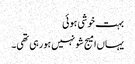
بہت خوشی ہوئی
یہاں‌امیج شو نہیں‌ہورہی تھی۔